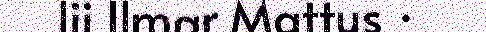
lii Ilmar Mattus ·